Source: Handwritten
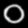
Digit: ၀ (0)